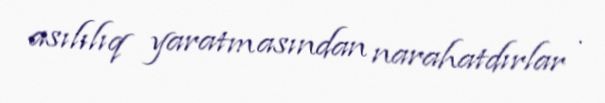
asılılıq yaratmasından narahatdırlar .